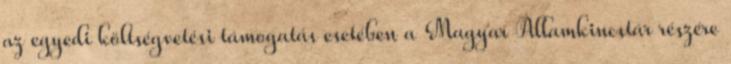
az egyedi költségvetési támogatás esetében a Magyar Államkincstár részére